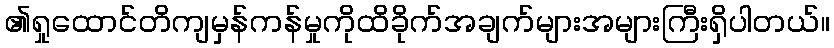
၏ရှုထောင်တိကျမှန်ကန်မှုကိုထိခိုက်အချက်များအများကြီးရှိပါတယ်။